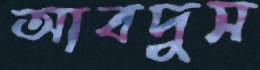
আবদুস